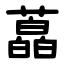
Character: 藠